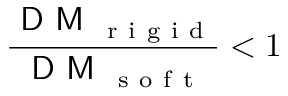
\frac { \textsf { D M } _ { \mathrm { ~ r ~ i ~ g ~ i ~ d ~ } } } { \textsf { D M } _ { \mathrm { ~ s ~ o ~ f ~ t ~ } } } < 1